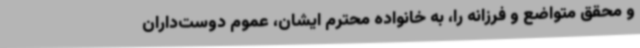
و محقق متواضع و فرزانه را، به خانواده محترم ایشان، عموم دوست‌داران